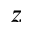
z